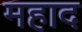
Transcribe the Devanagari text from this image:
महाद